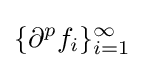
\{\partial ^{p}f_{i}\}_{i=1}^{\infty }